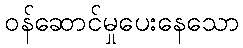
ဝန်ဆောင်မှုပေးနေသော